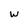
Character: w